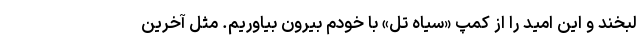
لبخند و این امید را از کمپ «سیاه تل» با خودم بیرون بیاوریم. مثل آخرین